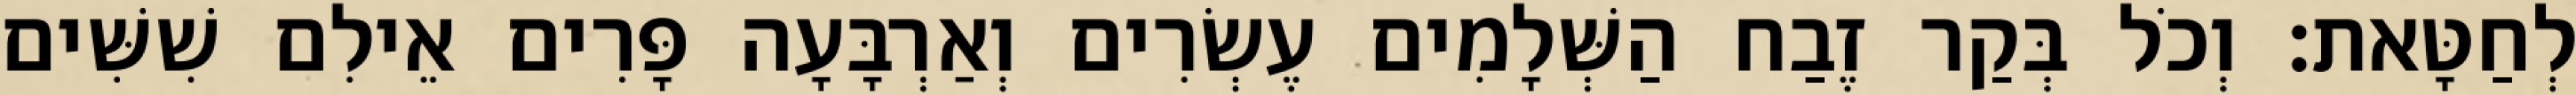
לְחַטָּאת׃ וְכֹל בְּקַר זֶבַח הַשְּׁלָמִים עֶשְׂרִים וְאַרְבָּעָה פָּרִים אֵילִם שִׁשִּׁים